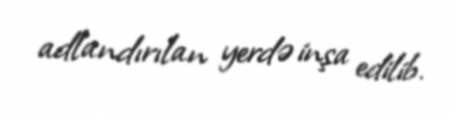
adlandırılan yerdə inşa edilib.